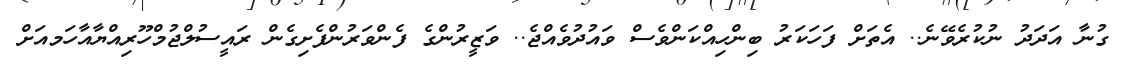
ގުނާ އަދަދު ނުކުރެވޭނެ.. އެތަށް ފަހަކަރު ބިންހިއްކަންވެސް ވައުދުވެއްޖެ.. ވަޒީރުންގެ ފެންވަރުންފެށިގެން ރައީސުލްޖުމްހޫރިއްޔާއާހަމއަށް